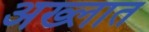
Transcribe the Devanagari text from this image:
अख्लात